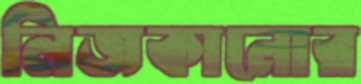
লিজকানোর